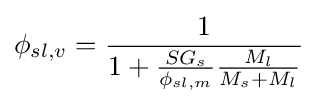
\phi _{sl,v}={\frac {1}{1+{\frac {SG_{s}}{\phi _{sl,m}}}{\frac {M_{l}}{M_{s}+M_{l}}}}}